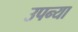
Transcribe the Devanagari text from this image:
उपन्या